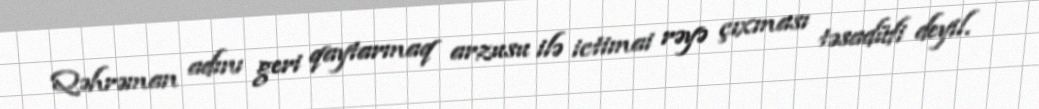
Qəhrəman adını geri qaytarmaq arzusu ilə ictimai rəyə çıxması təsadüfi deyil.